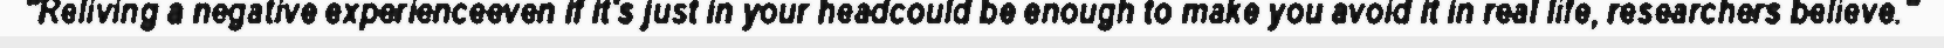
"Reliving a negative experienceeven if it's just in your headcould be enough to make you avoid it in real life, researchers believe."